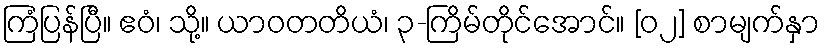
ကြံပြန်ပြီ။ ဧဝံ၊ သို့။ ယာဝတတိယံ၊ ၃-ကြိမ်တိုင်အောင်။ [၀၂] စာမျက်နှာ